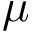
\mu { }